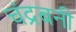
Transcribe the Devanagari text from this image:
चंद्रबनी